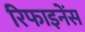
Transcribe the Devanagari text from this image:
रिफाइनेंस